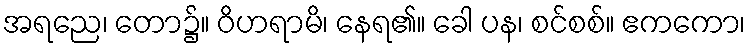
အရညေ၊ တော၌။ ဝိဟရာမိ၊ နေရ၏။ ခေါ ပန၊ စင်စစ်။ ဧကကော၊